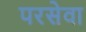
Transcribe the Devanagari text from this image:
परसेवा